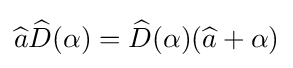
{\widehat {a}}{\widehat {D}}(\alpha )={\widehat {D}}(\alpha )({\widehat {a}}+\alpha )